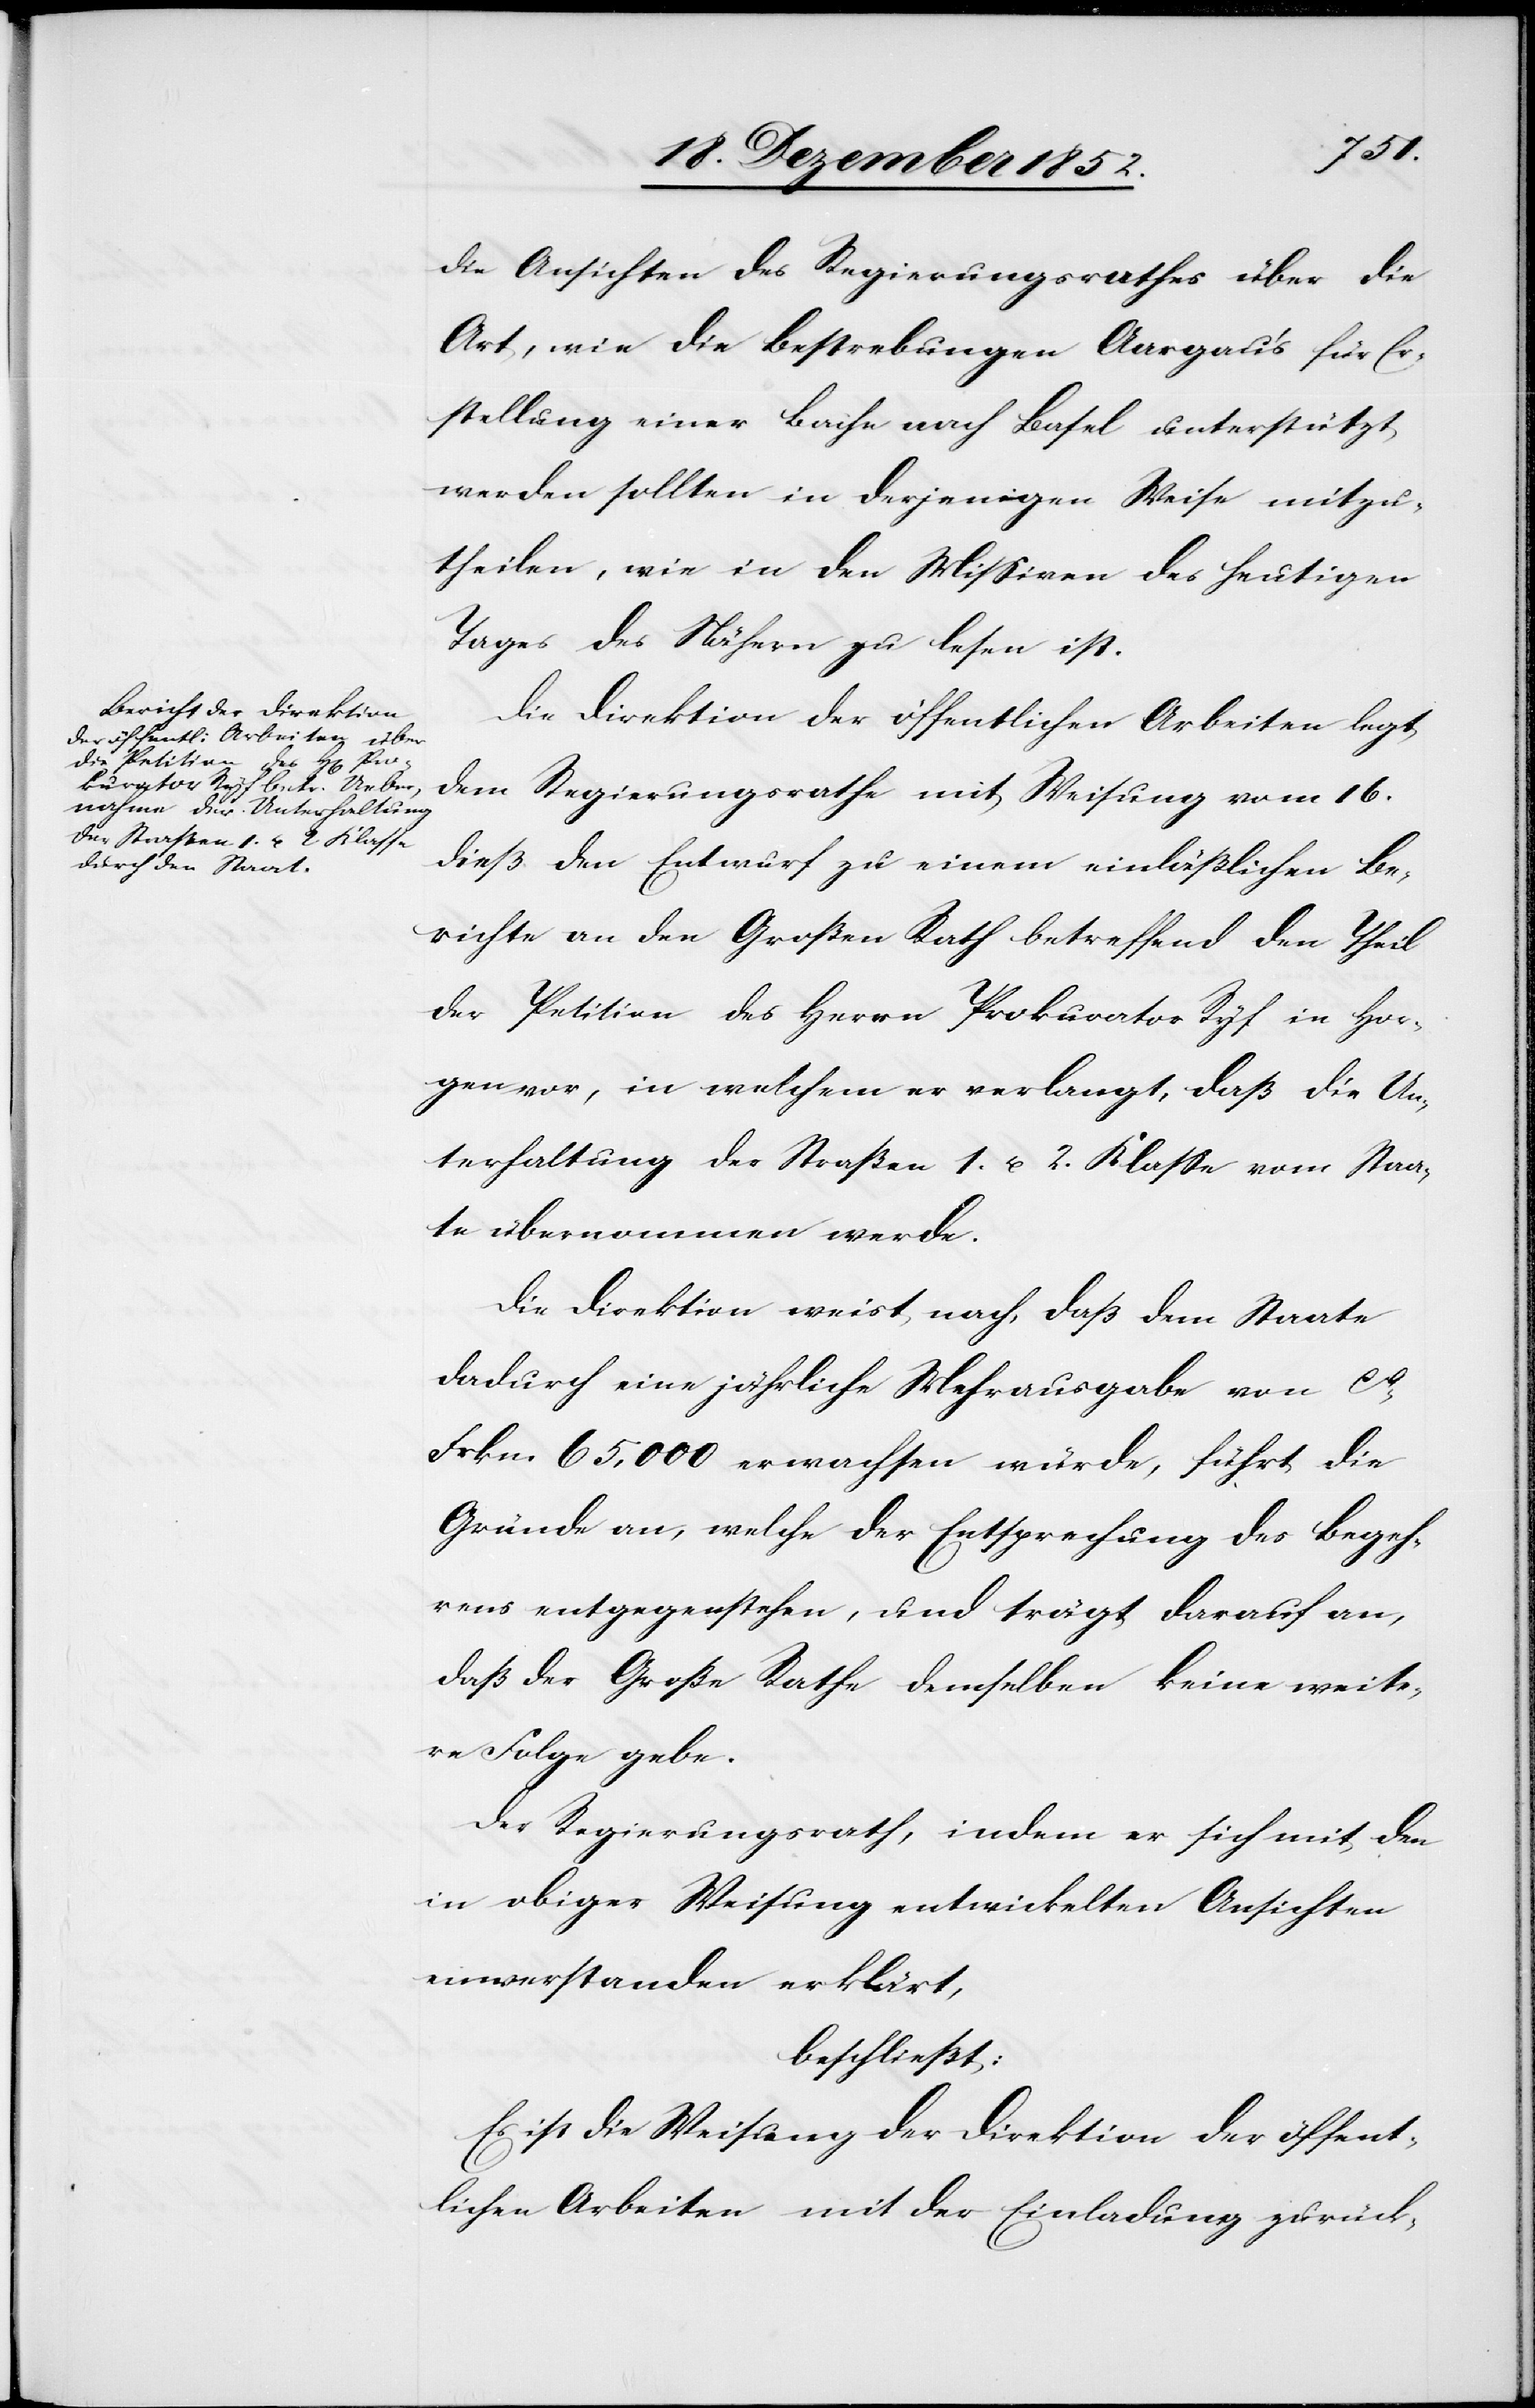
die Ansichten des Regierungsrathes über die
Art, wie die Bestrebungen Aargau’s für Er¬
stellung einer Bahn nach Basel unterstützt
werden sollten in derjenigen Weise mitzu¬
theilen, wie in den Missiven des heutigen
Tages des Nähern zu lesen ist.
Die Direktion der öffentlichen Arbeiten legt
dem Regierungsrathe mit Weisung vom 16.
dieß den Entwurf zu einem einläßlichen Be¬
richte an den Großen Rath betreffend den Theil
der Petition des Herrn Prokurator Ryf in Hor¬
gen vor, in welchem er verlangt, daß die Un¬
terhaltung der Straßen 1. u. 2. Klasse vom Staa¬
te übernommen werde.
Die Direktion weist nach, daß dem Staate
dadurch eine jährliche Mehrausgabe von ca.
Frkn. 65,000 erwachsen würde, führt die
Gründe an, welche der Entsprechung des Begeh¬
rens entgegenstehen, und trägt darauf an,
daß der Große Rathe [sic!] demselben keine weite¬
re Folge gebe.
Der Regierungsrath, indem er sich mit den
in obiger Weisung entwickelten Ansichten
einverstanden erklärt,
beschließt:
Es ist die Weisung der Direktion der öffent¬
lichen Arbeiten mit der Einladung zurück-